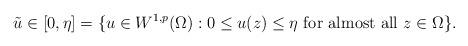
LaTeX: \begin{align*}\tilde{u}\in[0,\eta]=\{u\in W^{1,p}(\Omega):0\leq u(z)\leq\eta\ \mbox{for almost all}\ z\in\Omega\}.\end{align*}